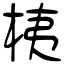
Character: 桋